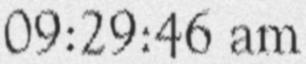
09:29:46 am